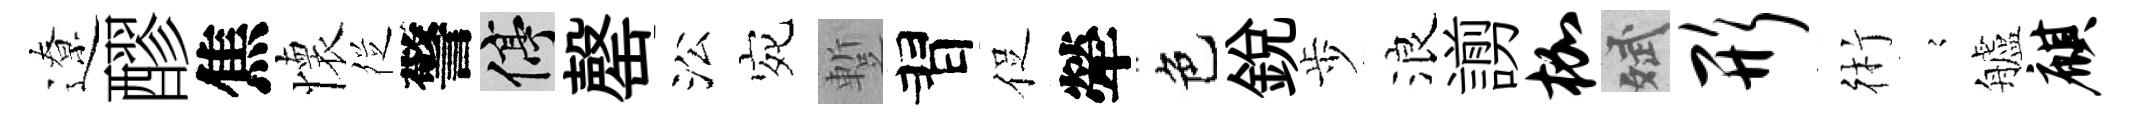
遼醪焦懷徔警停罄㳂宛蹔習促犖色銳歩浪謭枷斌形術𡪹艫麒